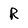
Character: R